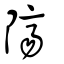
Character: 隮